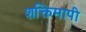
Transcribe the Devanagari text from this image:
शक्तिमापी